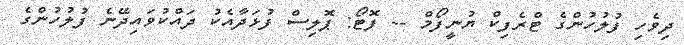
ދިވެހި ފުލުހުންގެ ޓްރެފިކް ޔުނީފޯމް -- ފޮޓޯ: ޕޮލިސް ފުޅަދާއެކު ދައްކުވައިދޭނެ ފުލުހުންގެ